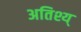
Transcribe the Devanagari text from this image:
अतिश्य्